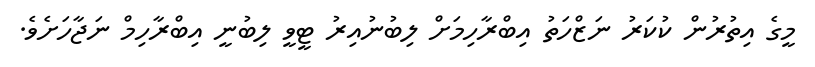
މީގެ އިތުރުން ކުކަރު ނަޒްހަތު އިބްރާހިމަށް ލިބުނުއިރު ޓީވީ ލިބުނީ އިބްރާހިމް ނަޖާހަށެވެ.